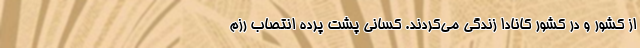
از کشور و در کشور کانادا زندگی می‌کردند. کسانی پشت پرده انتصاب رزم